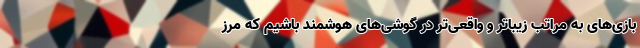
بازی‌های به مراتب زیبا‌تر و واقعی‌تر در گوشی‌های هوشمند باشیم که مرز